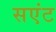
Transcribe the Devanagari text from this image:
सएंट